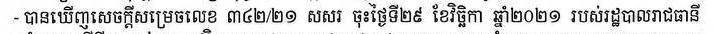
- បានឃើញសេចក្ដីសម្រេចលេខ ៣៤២/២១ សសរ ចុះថ្ងៃទី២៩ ខែវិច្ឆិកា ឆ្នាំ២០២១ របស់រដ្ឋបាលរាជធានី